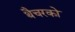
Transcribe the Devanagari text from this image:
थैचरको